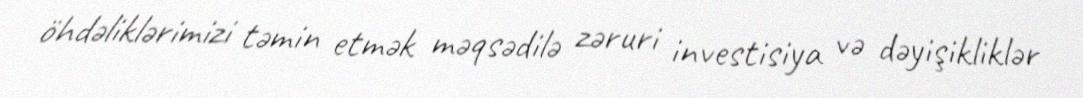
öhdəliklərimizi təmin etmək məqsədilə zəruri investisiya və dəyişikliklər